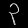
Digit: ၃